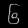
Digit: ၆